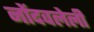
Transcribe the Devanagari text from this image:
नोेंदवलेली